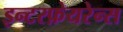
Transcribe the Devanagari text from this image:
इन्टरफ़ेयरेन्स